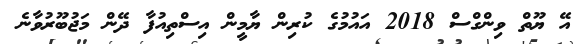
އޭ ޔޫތް ވިންގްސް 2018 އައުމުގެ ކުރިން ޔާމީން އިސްތިއުފާ ދޭން މަޖުބޫރުވާނެ